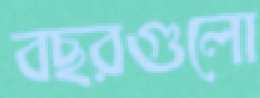
বছরগুলো